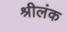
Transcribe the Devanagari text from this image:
श्रीलंक